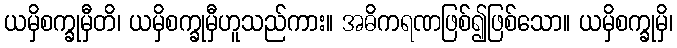
ယမှိစက္ခုမှီတိ၊ ယမှိစက္ခုမှီဟူသည်ကား။ အဓိကရဏဖြစ်၍ဖြစ်သော။ ယမှိစက္ခုမှိ၊